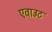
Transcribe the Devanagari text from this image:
एवाउट